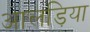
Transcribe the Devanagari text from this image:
आलड़िया